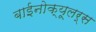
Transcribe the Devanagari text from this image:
बाईनोक्यूलर्स